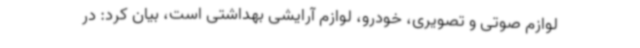
لوازم صوتی و تصویری، خودرو، لوازم آرایشی بهداشتی است، بیان کرد: در